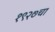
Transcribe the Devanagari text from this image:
१९२७चा